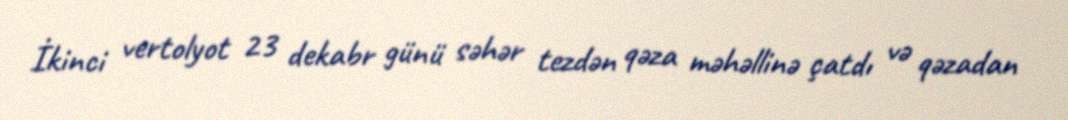
İkinci vertolyot 23 dekabr günü səhər tezdən qəza məhəllinə çatdı və qəzadan